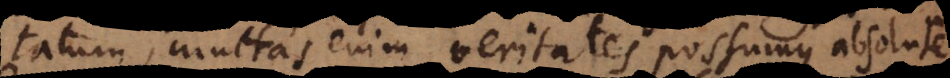
tatum, multas enim veritates possumus absolute